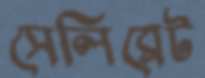
সেলিব্রেট